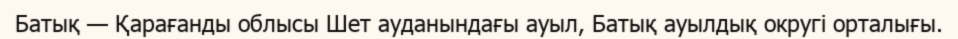
Батық — Қарағанды облысы Шет ауданындағы ауыл, Батық ауылдық округі орталығы.